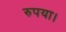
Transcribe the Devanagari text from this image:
रुपया।